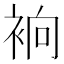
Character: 𧙹